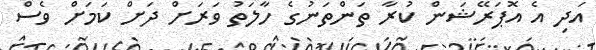
އަދި އެ އޮޕަރޭޝަން ކުރާ ތަންތަނުގެ ހާލަތު ވަރަށް ދަށް ކަމަށް ވެސް